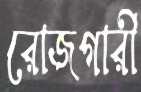
রোজগারী